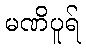
မဏိပူရ်